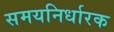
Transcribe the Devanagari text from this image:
समयनिर्धारक